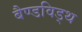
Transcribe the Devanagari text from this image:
बैण्डविड्थ